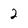
Character: 2